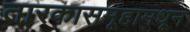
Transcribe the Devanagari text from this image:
तारकासमूहामधून